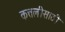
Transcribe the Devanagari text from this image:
कत्तलीसाठी